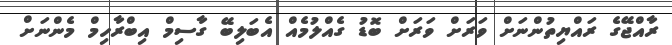
ރާއްޖޭގެ ރައްޔިތުންނަށް ވަރަށް ވަރަށް ބޮޑު ގެއްލުމެއް އެބަލިބޭ ގާސިމް އިބްރާހިމް މެންނަށް